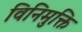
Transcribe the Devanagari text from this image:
विनिमुक्ति